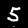
Digit: 5